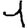
Digit: 1